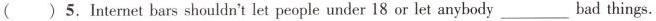
() 5. Internet bars shouldn't let people under 18 or let anybody ___ bad things.